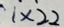
1 \times 2 2